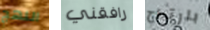
النهج رافقني بارتياح